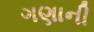
ગણાની